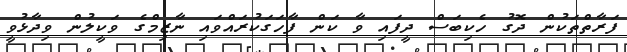
ފަރާތްތަކުން ދޮގު ހެކިބަސް ދީފައި ވާ ކަން ފާހަގަކުރައްވައި ނާޒިމްގެ ވަކީލުން ވިދާޅުވީ